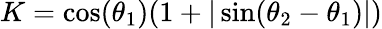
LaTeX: K=\cos(\theta_{1})(1+|\sin(\theta_{2}-\theta_{1})|)